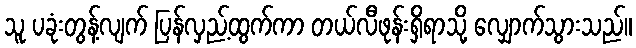
သူ ပခုံးတွန့်လျက် ပြန်လှည့်ထွက်ကာ တယ်လီဖုန်းရှိရာသို့ လျှောက်သွားသည်။